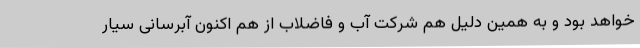
خواهد بود و به همین دلیل هم شرکت آب و فاضلاب از هم اکنون آبرسانی سیار